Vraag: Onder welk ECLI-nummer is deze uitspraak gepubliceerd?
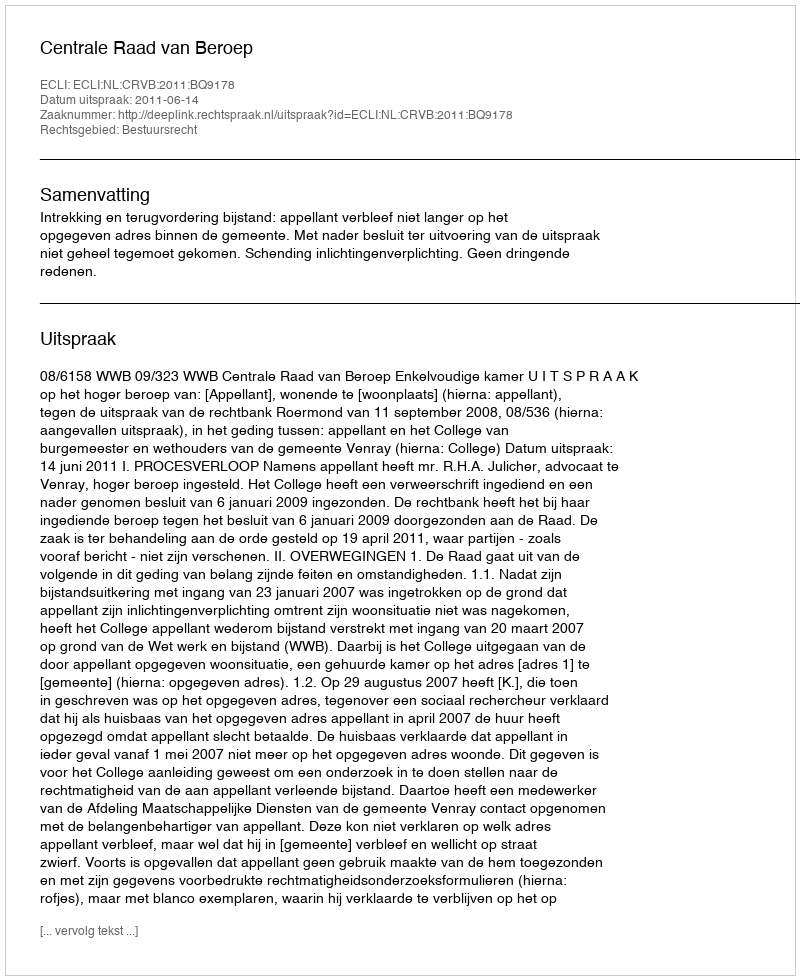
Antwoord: ECLI:NL:CRVB:2011:BQ9178